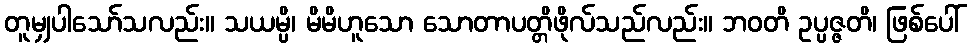
တူမျှပါသော်သလည်း။ သယမ္ပိ၊ မိမိဟူသော သောတာပတ္တိဖိုလ်သည်လည်း။ ဘဝတိ ဥပ္ပဇ္ဇတိ၊ ဖြစ်ပေါ်